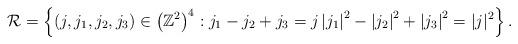
LaTeX: \begin{align*}\mathcal{R}=\left\{\left(j,j_{1}, j_{2}, j_{3}\right) \in\left(\mathbb{Z}^{2}\right)^{4}: j_{1}-j_{2}+j_{3}=j \left|j_{1}\right|^{2}-\left|j_{2}\right|^{2}+\left|j_{3}\right|^{2}=|j|^{2}\right\}.\end{align*}